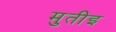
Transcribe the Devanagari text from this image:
मुतीइ